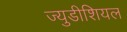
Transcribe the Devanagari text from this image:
ज्युडीशियल